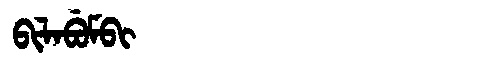
Manchu: ᠪᡳᠯᠠᠪᡠᠮᠪᡳ
Romanization: BILABUMBI